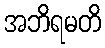
အဘိရမတိ